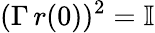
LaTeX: (\Gamma\, r(0))^{2}=\mathbb{I}